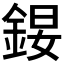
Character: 𨧉